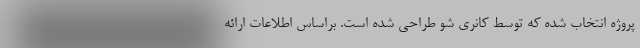
پروژه انتخاب شده که توسط کانری شو طراحی شده است. براساس اطلاعات ارائه